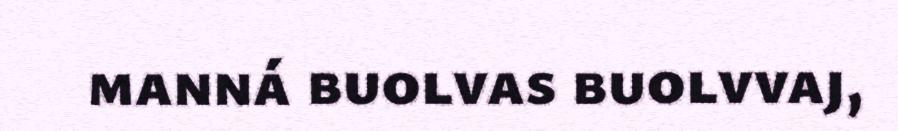
manná buolvas buolvvaj,